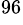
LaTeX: ^{96}